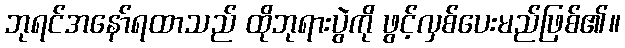
ဘုရင်အနော်ရထာသည် ထိုဘုရားပွဲကို ဖွင့်လှစ်ပေးမည်ဖြစ်၏။